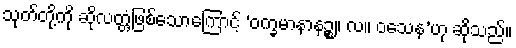
သုတ်တို့ကို ဆိုလတ္တံ့ဖြစ်သောကြောင့် ‘ဝက္ခမာနာနဉ္စ။ လ။ ဝသေန’ဟု ဆိုသည်။